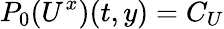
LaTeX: P_{0}(U^{x})(t,y)=C_{U}